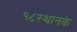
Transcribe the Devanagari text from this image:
१८स्थानके